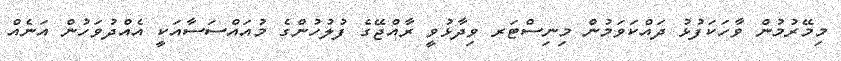
މިމޭރުމުން ވާހަކަފުޅު ދައްކަވަމުން މިނިސްޓަރ ވިދާޅުވީ ރާއްޖޭގެ ފުލުހުންގެ މުއައްސަސާއަކީ އެއްދުވަހުން އަނެއް